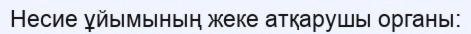
Несие ұйымының жеке атқарушы органы: